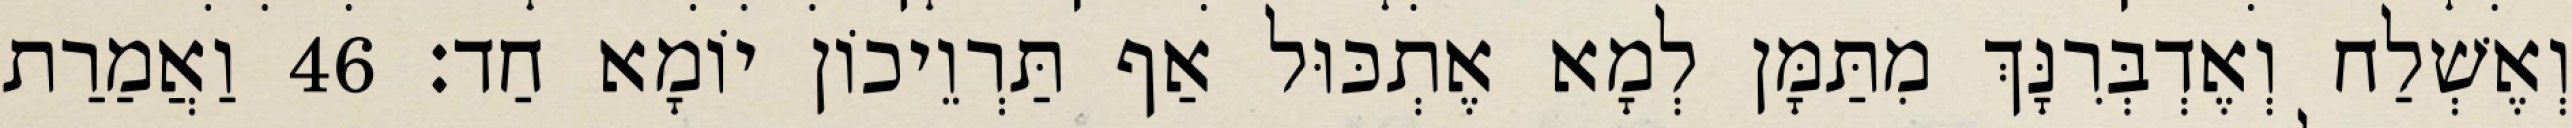
וְאֶשְׁלַח וְאֶדְבְּרִנָּךְ מִתַּמָּן לְמָא אֶתְכּוּל אַף תַּרְוֵיכוֹן יוֹמָא חַד׃ 46 וַאֲמַרַת